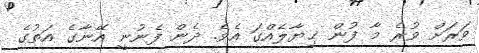
ވަރަށް ވުރެ މާ ފުން ޚިޔާލެއްގަ އެވެ. ދެން ފެނުނީ އޭނާގެ އަތުގެ